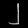
Digit: ၂